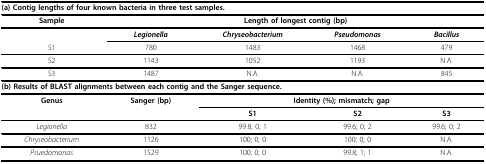
<table><thead><tr><td colspan="5"><b>(a) Contig lengths of four known bacteria in three test samples.</b></td></tr></thead><tbody><tr><td><b>Sample</b></td><td colspan="4"><b>Length of longest contig (bp)</b></td></tr><tr><td>[EMPTY_CELL]</td><td><b><i>Legionella</i></b></td><td><b><i>Chryseobacterium</i></b></td><td><b><i>Pseudomonas</i></b></td><td><b><i>Bacillus</i></b></td></tr><tr><td>S1</td><td>780</td><td>1483</td><td>1468</td><td>479</td></tr><tr><td>S2</td><td>1143</td><td>1052</td><td>1193</td><td>N.A.</td></tr><tr><td>S3</td><td>1487</td><td>N.A.</td><td>N.A.</td><td>845</td></tr><tr><td colspan="5"><b>(b) Results of BLAST alignments between each contig and the Sanger sequence.</b></td></tr><tr><td><b>Genus</b></td><td><b>Sanger (bp)</b></td><td colspan="3"><b>Identity (%); mismatch; gap</b></td></tr><tr><td>[EMPTY_CELL]</td><td>[EMPTY_CELL]</td><td><b>S1</b></td><td><b>S2</b></td><td><b>S3</b></td></tr><tr><td><i>Legionella</i></td><td>832</td><td>99.8; 0; 1</td><td>99.6; 0; 2</td><td>99.6; 0; 2</td></tr><tr><td><i>Chryseobacterium</i></td><td>1126</td><td>100; 0; 0</td><td>100; 0; 0</td><td>N.A.</td></tr><tr><td><i>Psuedomonas</i></td><td>1529</td><td>100; 0; 0</td><td>99.8; 1; 1</td><td>N.A.</td></tr></tbody></table>